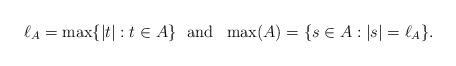
LaTeX: \begin{align*} \ell_A=\max\{|t|:t\in A\}\mathrm{\ \ and\ \ } \max(A)=\{s\in A: |s|=\ell_A\}. \end{align*}